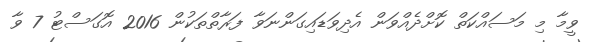
ވީމާ މި މަސައްކަތް ކޮށްދެއްވަން އެދިވަޑައިގަންނަވާ ފަރާތްތަކުން 2016 އޮގަސްޓު 7 ވާ